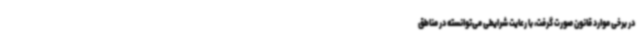
در برخی موارد قانون صورت گرفت، با رعایت شرایطی می‌توانسته در مناطق